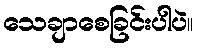
သေချာစေခြင်းပါပဲ။